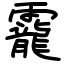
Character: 靇